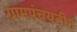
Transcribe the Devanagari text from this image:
ग्रामपंचयतीत